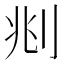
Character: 𠛪